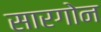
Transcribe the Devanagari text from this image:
सारगोन